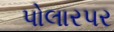
પોલારપર